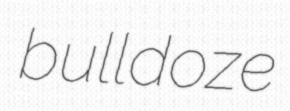
bulldoze